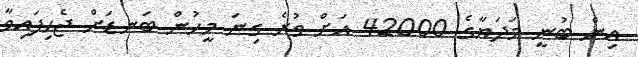
އިން ބުނީ މަދަޔާގެ 42000 އަށް ވުރެ ގިނަ މީހުން ބަނޑަށް ޖެހިފައިވާ